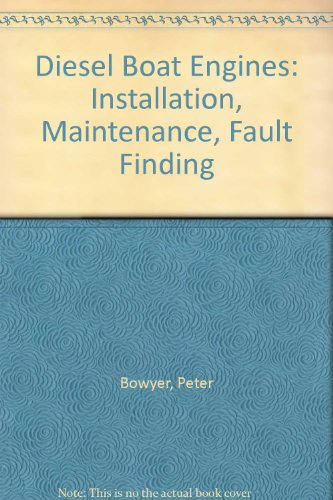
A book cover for Diesel Boat Engines: Installation, Maintenance, Fault Finding; Peter Bowyer; Engineering & Transportation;